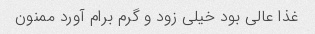
غذا عالی بود خیلی زود و گرم برام آورد ممنون